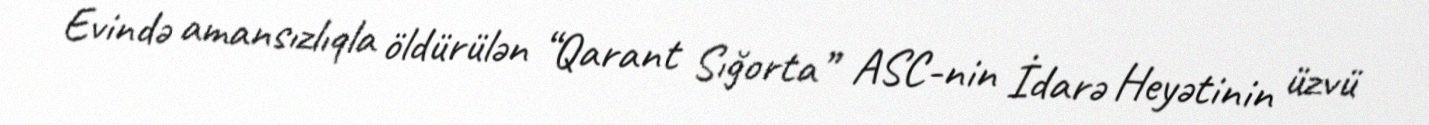
Evində amansızlıqla öldürülən “Qarant Sığorta” ASC-nin İdarə Heyətinin üzvü